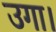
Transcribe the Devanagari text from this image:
उगा।